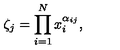
\zeta _ { j } = \prod _ { i = 1 } ^ { N } x _ { i } ^ { \alpha _ { i j } } ,